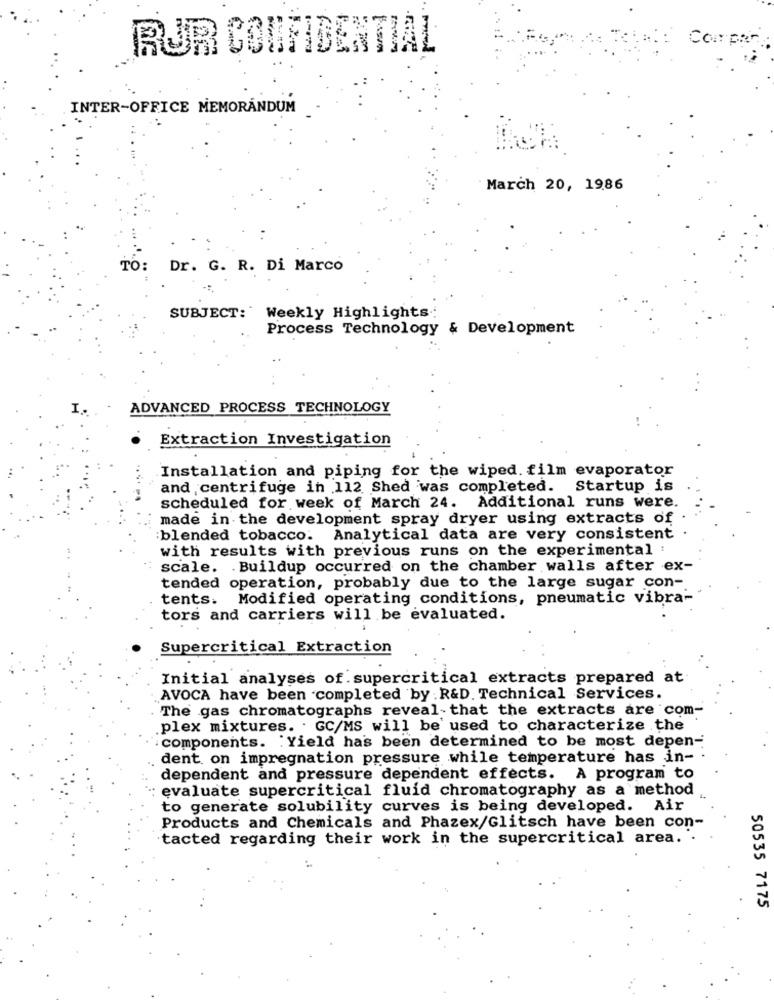
Company
BUR CONFIDENTIAL
INTER-OFFICE MEMORÁNDUM
March 20, 1986
TO: Dr. G. R. Di Marco
SUBJECT:' Weekly Highlights.
Process Technology & Development
I.
ADVANCED PROCESS TECHNOLOGY
Extraction Investigation
Installation and piping for the wiped. film evaporator
and centrifuge in 112 Shed was completed. Startup is
scheduled for week of March 24. Additional runs were.
made in the development spray dryer using extracts of
:blended tobacco. Analytical data are very consistent
with results with previous runs on the experimental :
scale. . Buildup occurred on the chamber walls after ex-
tended operation, probably due to the large sugar con-
tents. Modified operating conditions, pneumatic vibra-
tors and carriers will be evaluated.
Supercritical Extraction
Initial analyses of supercritical extracts prepared at
AVOCA have been completed by : R&D. Technical Services.
The gas chromatographs reveal-that the extracts are com-
plex mixtures. . GC/MS will be' used to characterize the
components. Yield has been determined to be most depen-
dent on impregnation pressure while temperature has in- .
dependent and pressure dependent effects.
A program to
evaluate supercritical fluid chromatography as a method
to generate solubility curves is being developed. Air
Products and Chemicals and Phazex/Glitsch have been con-
tacted regarding their work in the supercritical area.
50535 7175